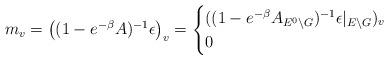
LaTeX: \begin{align*}m_v=\big((1-e^{-\beta}A)^{-1}\epsilon\big)_v=\begin{cases}((1-e^{-\beta}A_{E^0\backslash G})^{-1}\epsilon|_{E\backslash G})_v&\\0&\end{cases}\end{align*}